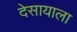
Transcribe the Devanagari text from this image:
देसायाला